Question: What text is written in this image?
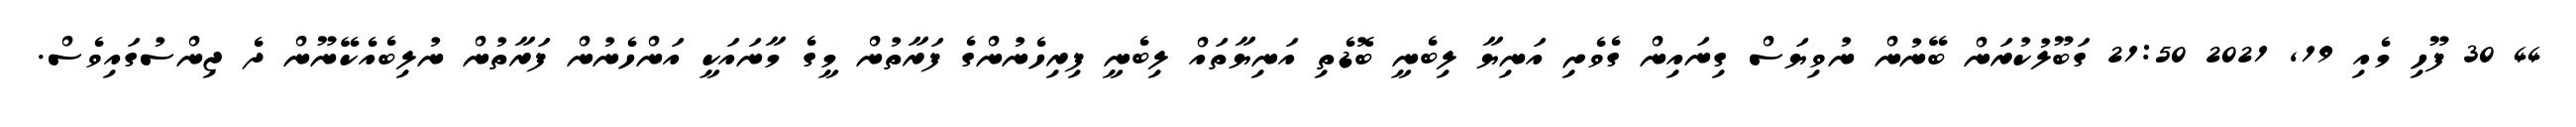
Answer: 44 30 ފޫހި މެއި 19, 2021 21:50 ގަބޫލުކުރަން ބޭނުން ނުވިޔަސް ގިނައިން ގެވެށި އަނިޔާ ލިބެނީ ބޮޑެތި އަނިޔާތައް ލިބެނީ ފިރިހެނުންގެ ފަރާތުން މީގެ މާނައަކީ އަންހެނުން ފަރާތުން ނުލިބެއެކޭނޫން ދެ ޖިންސުގައިވެސް.